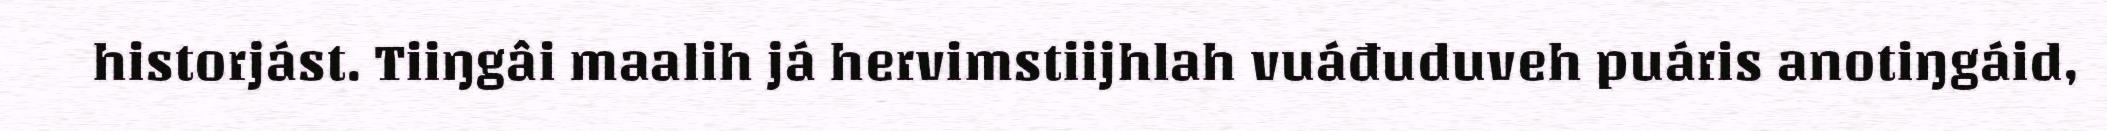
historjást. Tiiŋgâi maalih já hervimstiijhlah vuáđuduveh puáris anotiŋgáid,